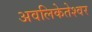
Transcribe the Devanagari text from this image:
अवलिकेतेश्‍वर